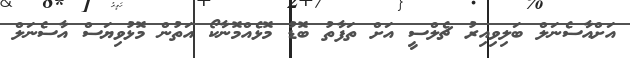
އަށްއާސެނަލް ބަލިވިއިރު ޗެލްސީ އަށް ތަފާތު ބޮޑު މޮޅެއްމޮނާކޯ އަތުން މޮޅުވިޔަސް އާސެނަލް